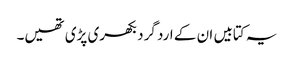
یہ کتابیں ان کے ارد گرد بکھری پڑی تھیں۔